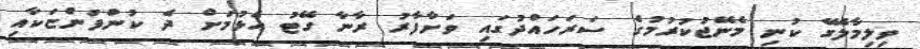
ވިލިމާލޭގެ ކުނި މެނޭޖުކުރުމުގެ ސަރަހައްދުގައި ވަށާފާރު ރާނާ ގޭޓު އެޅުމަށް ދެ ކުންފުންޏަކާއި